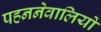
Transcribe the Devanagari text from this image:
पहननेवालियों